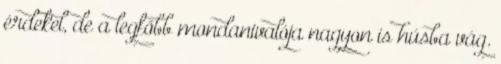
érdekel, de a legfőbb mondanivalója nagyon is húsba vág.